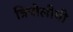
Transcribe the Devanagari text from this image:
त्रिपोलीची